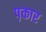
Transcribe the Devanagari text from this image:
प़कार